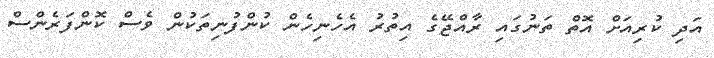
އަދި ކުރިއަށް އޮތް ތަނުގައި ރާއްޖޭގެ އިތުރު އެހެނިހެން ކުންފުނިތަކުން ވެސް ކޮންފަރެންސް